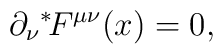
\partial_\nu {}^*\!F^{\mu\nu}(x) = 0,